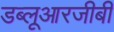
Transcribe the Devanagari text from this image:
डब्लूआरजीबी